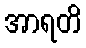
အာရတိ